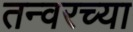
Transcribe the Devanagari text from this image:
तन्वरच्या